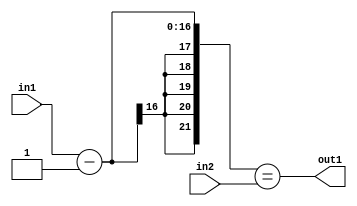
`timescale 1ps / 1ps
/*****************************************************************************
    Verilog RTL Description
    
    
    Created by: Stratus DpOpt 2019.1.01 
*******************************************************************************/

module st_weight_addr_gen_EqSubi1u16u16_4_10 (
	in2,
	in1,
	out1
	); /* architecture "behavioural" */ 
input [15:0] in2,
	in1;
output  out1;
wire  asc001;
wire [16:0] asc003;

assign asc003 = 
	+(in1)
	-(17'B00000000000000001);

assign asc001 = ({{5{asc003[16]}}, asc003}==in2);

assign out1 = asc001;
endmodule

/* CADENCE  ubb2SAA= : u9/ySgnWtBlWxVPRXgAZ4Og= ** DO NOT EDIT THIS LINE ******/